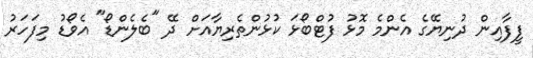
ފީފާއިން ދުނިޔޭގެ އެންމެ މޮޅު ފުޓްބޯޅަ ކުޅުންތެރިޔާއަށް ދޭ "ބެލެންޑޯ" އެވޯޑު މިފަހަރު